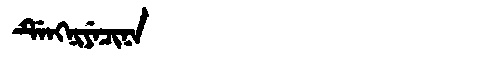
Manchu: ᡩᡝᠩᠨᡳᠶᡝᠴᡳᠨᠠ
Romanization: DENGNIYECINA